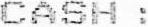
CASH :